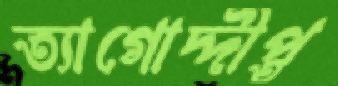
ত্যাগোদ্দীপ্ত